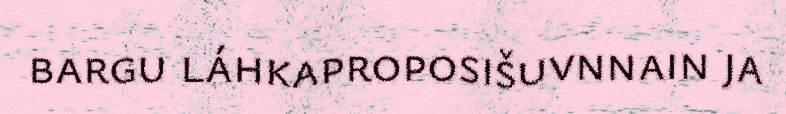
bargu láhkaproposišuvnnain ja